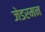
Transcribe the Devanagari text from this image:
जेडरमन